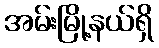
အမ်းမြို့နယ်ရှိ